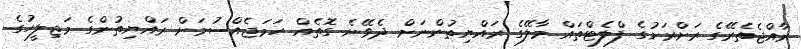
ރާއްޖެތެރޭގެ ރަށްރަށުގެ ފްލެޓްތައް މާލޭގެ ރައްޔިތުންނަށް ދެވޭނެ ގޮތެއް ހަމަޖެއްސުމަށް ރައްޔިތުންގެ މަޖިލީހުގެ